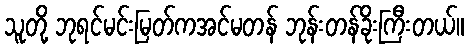
သူတို့ ဘုရင်မင်းမြတ်ကအင်မတန် ဘုန်းတန်ခိုးကြီးတယ်။